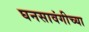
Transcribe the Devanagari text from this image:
घनसावंगीच्या